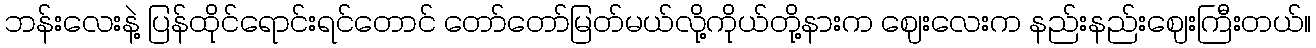
ဘန်းလေးနဲ့ ပြန်ထိုင်ရောင်းရင်တောင် တော်တော်မြတ်မယ်လို့ကိုယ်တို့နားက ဈေးလေးက နည်းနည်းဈေးကြီးတယ်။